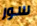
سور